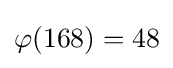
\varphi (168)=48